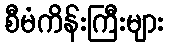
စီမံကိန်းကြီးများ